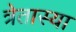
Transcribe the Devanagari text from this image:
त्रेतास्या